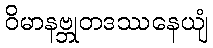
ဝိမာနဗ္ဘုတဒဿနေယျံ